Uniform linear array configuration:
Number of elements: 4
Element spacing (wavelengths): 0.5
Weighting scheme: uniform
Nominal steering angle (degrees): -60
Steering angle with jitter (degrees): -59.153
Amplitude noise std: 0.05
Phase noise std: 0.05

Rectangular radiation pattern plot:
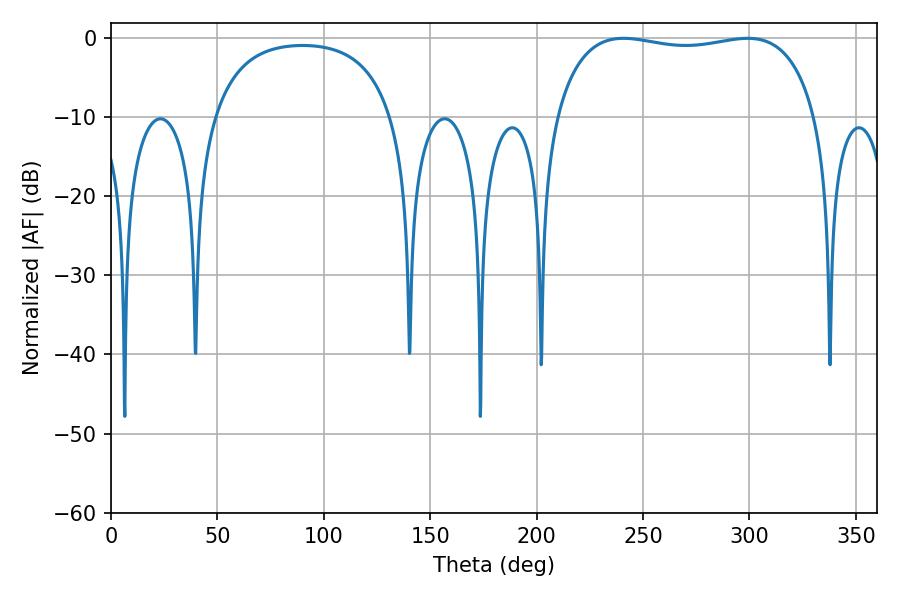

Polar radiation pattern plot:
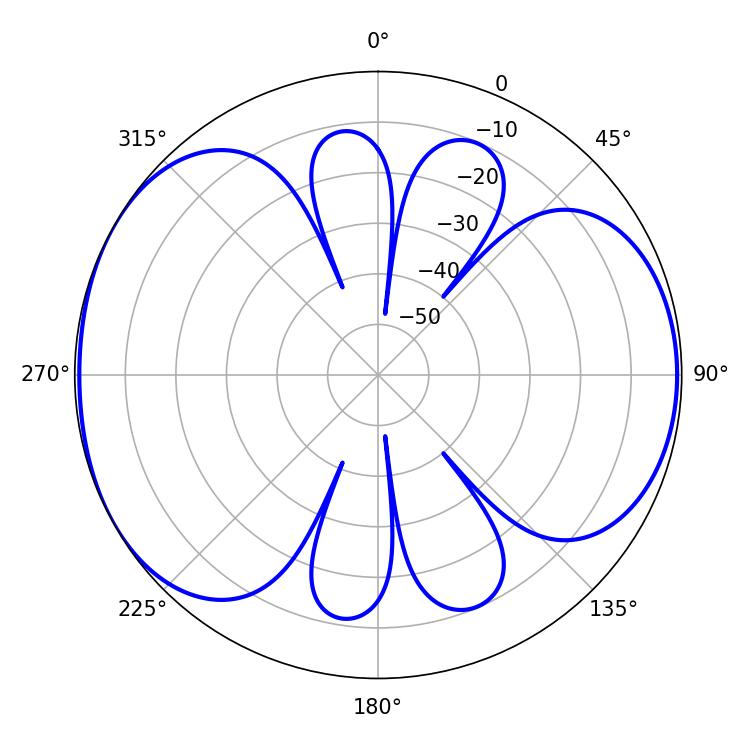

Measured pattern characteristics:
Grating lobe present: FALSE
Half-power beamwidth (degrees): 99
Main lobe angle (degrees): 240.84